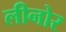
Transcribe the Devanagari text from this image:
लीनोर